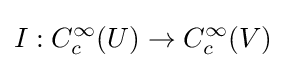
I:C_{c}^{\infty }(U)\to C_{c}^{\infty }(V)